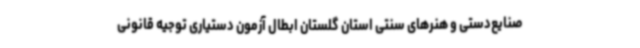
صنایع‌دستی و هنرهای سنتی استان گلستان ابطال آزمون دستیاری توجیه قانونی